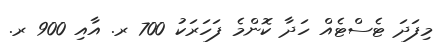
މިފަދަ ޓެސްޓެއް ހަދާ ކޮންމެ ފަހަރަކު 700 ރ. އާއި 900 ރ.